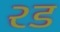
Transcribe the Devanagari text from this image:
२ड